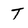
Character: T